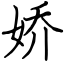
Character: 娇